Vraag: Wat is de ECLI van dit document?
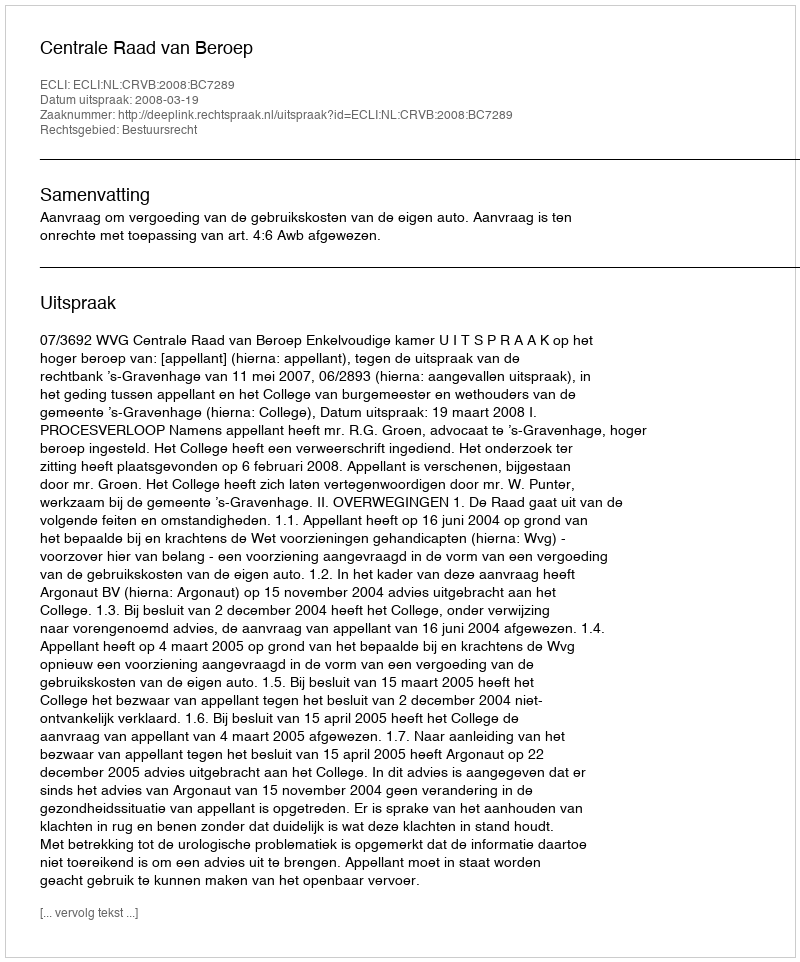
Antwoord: ECLI:NL:CRVB:2008:BC7289